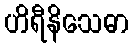
ဟိရီနိသေဓာ